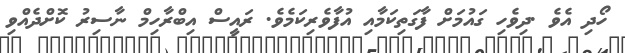
ހޯދި އެވެ .ދިވެހި ގައުމަށް ފާގަތިކަމާއި އުފާވެރިކަމެވެ. ރައީސް އިބްރާހިމް ނާސިރު ކޮށްދެއްވި